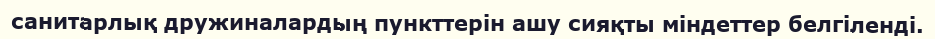
санитарлық дружиналардың пункттерін ашу сияқты міндеттер белгіленді.